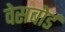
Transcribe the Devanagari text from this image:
वेसबोर्ड